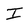
Character: I